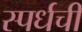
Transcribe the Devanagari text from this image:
स्पर्धची